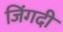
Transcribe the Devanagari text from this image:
जिंगदी